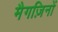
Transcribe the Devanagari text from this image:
मैगज़िनों